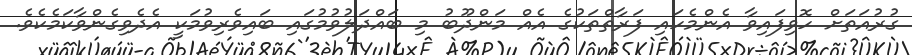
ގުރުއަތަށް ހޮވިފައިވާ އެންމެހައި ފަރާތްތަކުގެ އެއް މަންދޫބު މި ބައްދަލުވުމުގައި ބައިވެރިވުމަކީ އެދެވިގެންވާކަމެކެވެ.